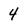
Character: 4